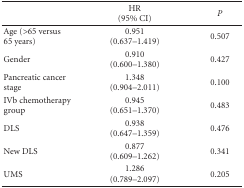
|  | HR(95% CI) | P |
 | --- | --- | --- |
 | Age (>65 versus 65 years) | 0.951 (0.637–1.419) | 0.507 |
 | Gender | 0.910 (0.600–1.380) | 0.427 |
 | Pancreatic cancer stage | 1.348 (0.904–2.011) | 0.100 |
 | IVb chemotherapy group | 0.945 (0.651–1.370) | 0.483 |
 | DLS | 0.938 (0.647–1.359) | 0.476 |
 | New DLS | 0.877 (0.609–1.262) | 0.341 |
 | UMS | 1.286 (0.789–2.097) | 0.205 |